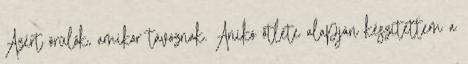
Azért örülök, amikor távoznak. Anikó ötlete alapján készítettem a